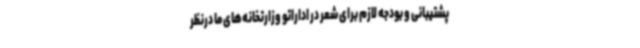
پشتیبانی و بودجه لازم برای شعر در اداراتو وزارتخانه‌های ما درنظر